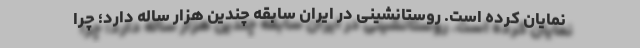
نمایان کرده است. روستانشینی در ایران سابقه چندین هزار ساله دارد؛ چرا